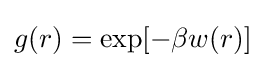
g(r)=\exp[-\beta w(r)]